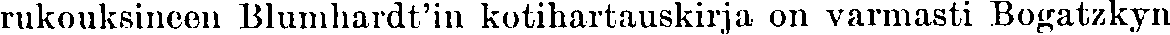
rukouksineen Blumhardt'in kotihartauskirja on varmasti Bogatzkyn